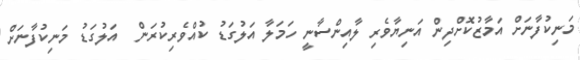
މަނިކުފާނަށް އަމާޒުކޮށްދިން އަނިޔާވެރި ލާއިންސާނީ ހަމަލާ އަލުގަޑު ކުއްވެރިކުރަން  އަލުގަޑު މަނިކުފާނަށް